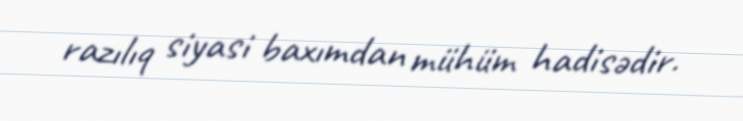
razılıq siyasi baxımdan mühüm hadisədir.